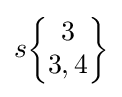
s{\begin{Bmatrix}3\\3,4\end{Bmatrix}}